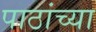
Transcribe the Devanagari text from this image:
पाठांच्या